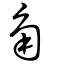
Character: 角